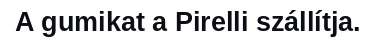
A gumikat a Pirelli szállítja.